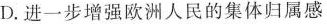
D.进一步增强欧洲人民的集体归属感